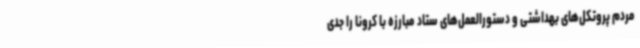
مردم پروتکل‌های بهداشتی و دستورالعمل‌های ستاد مبارزه با کرونا را جدی